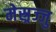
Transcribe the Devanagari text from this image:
मेस्र्रज्जु